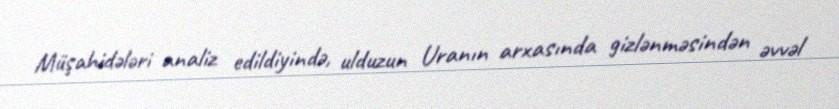
Müşahidələri analiz edildiyində, ulduzun Uranın arxasında gizlənməsindən əvvəl